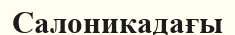
Салоникадағы